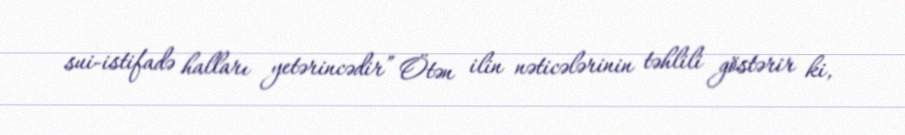
sui-istifadə halları yetərincədir” Ötən ilin nəticələrinin təhlili göstərir ki,